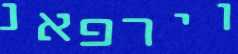
וירפאנ